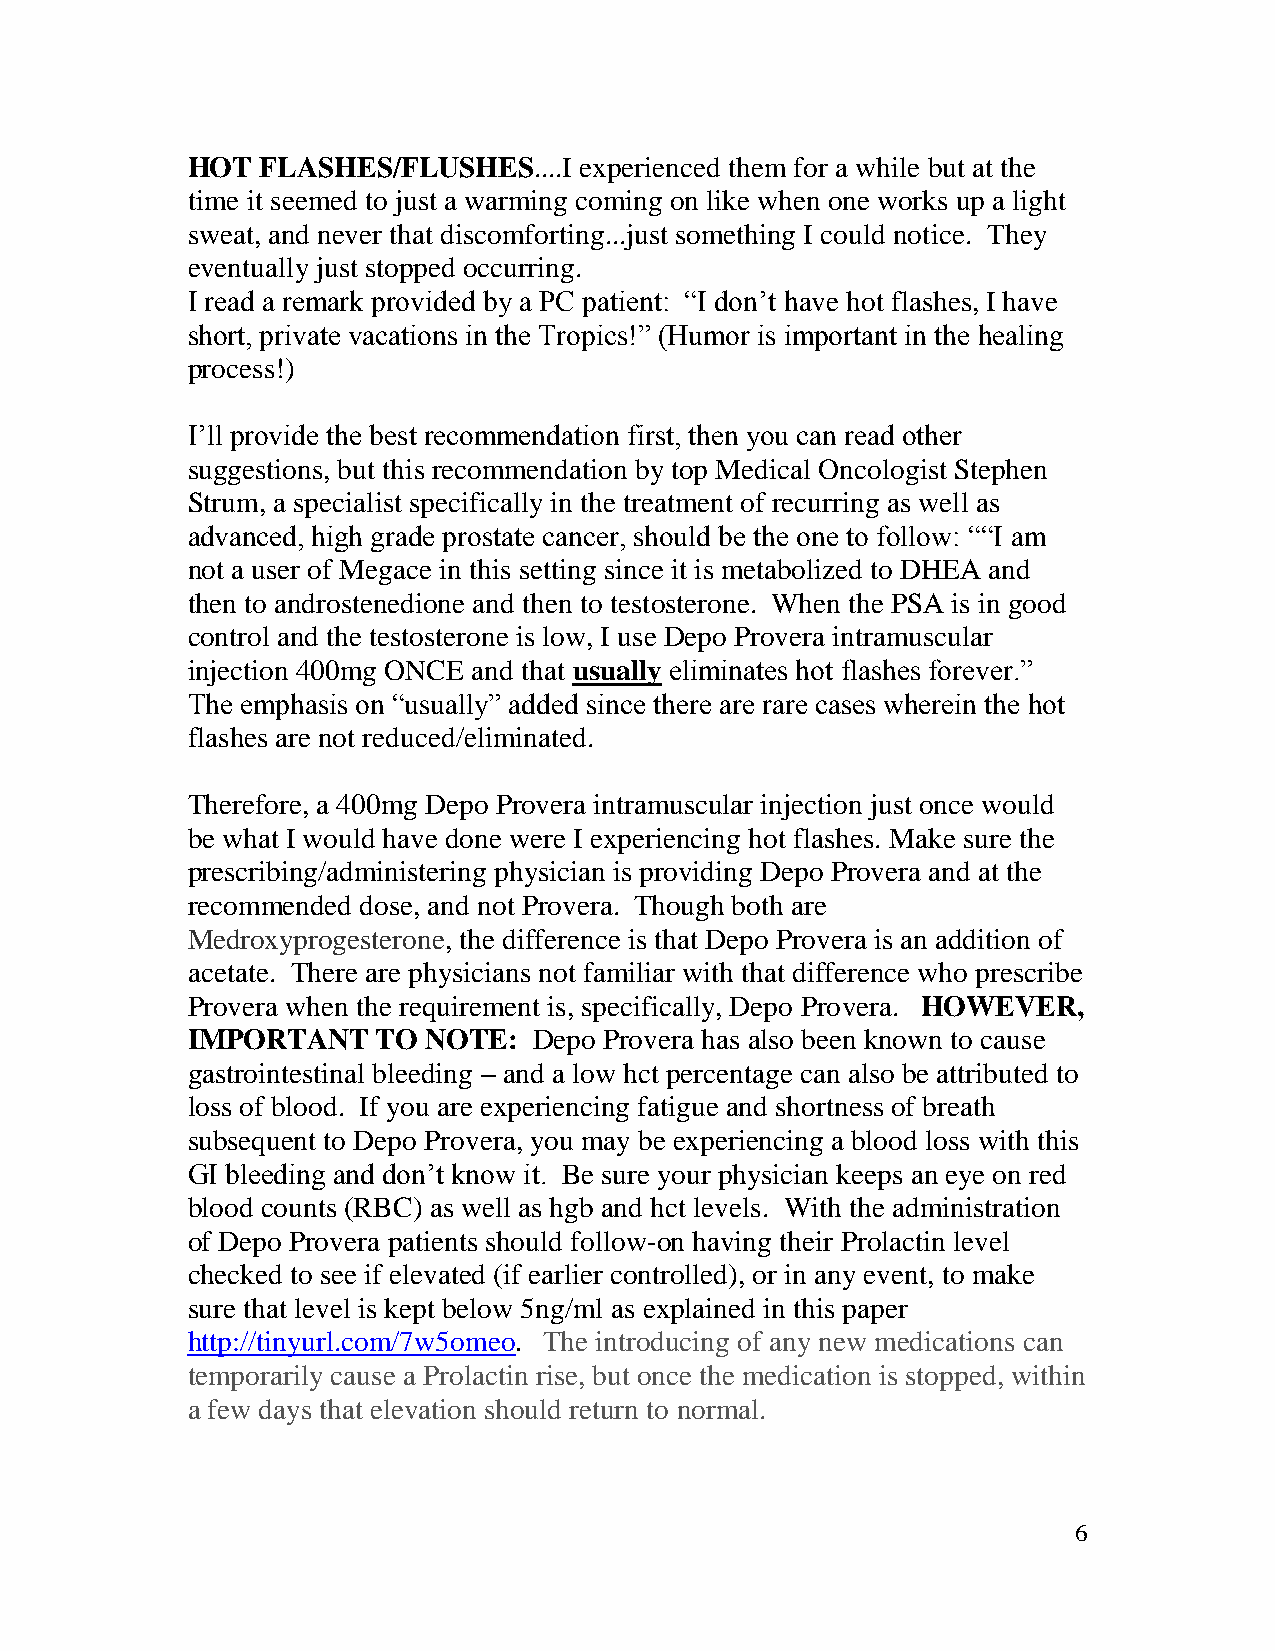
HOT  FLASHES/FLUSHES....I experienced them for a while but at the
 time it seemed to just a warming coming on like when one works up a light
 sweat, and never that discomforting...just something I could notice. They
 eventually just stopped occurring.
 I read a remark provided by a PC patient: “I don’t have hot flashes, I have
 short, private vacations in the Tropics!” (Humor is important in the healing
 process!)
 I’ll provide the best recommendation first, then you can read other
 suggestions, but this recommendation by top Medical Oncologist Stephen
 Strum, a specialist specifically in the treatment of recurring as well as
 advanced, high grade prostate cancer, should be the one to follow: ““I am
 not a user of Megace in this setting since it is metabolized to DHEA and
 then to androstenedione and then to testosterone. When the PSA is in good
 control and the testosterone is low, I use Depo Provera intramuscular
 injection 400mg ONCE and that usually eliminates hot flashes forever.”
 The emphasis on “usually” added since there are rare cases wherein the hot
 flashes are not reduced/eliminated.
 Therefore, a 400mg Depo Provera intramuscular injection just once would
 be what I would have done were I experiencing hot flashes. Make sure the
 prescribing/administering physician is providing Depo Provera and at the
 recommended dose, and not Provera. Though both are
 Medroxyprogesterone, the difference is that Depo Provera is an addition of
 acetate. There are physicians not familiar with that difference who prescribe
 Provera when the requirement is, specifically, Depo Provera. HOWEVER,
 IMPORTANT    TO NOTE:  Depo Provera has also been known to cause
 gastrointestinal bleeding – and a low hct percentage can also be attributed to
 loss of blood. If you are experiencing fatigue and shortness of breath
 subsequent to Depo Provera, you may be experiencing a blood loss with this
 GI bleeding and don’t know it. Be sure your physician keeps an eye on red
 blood counts (RBC) as well as hgb and hct levels. With the administration
 of Depo Provera patients should follow-on having their Prolactin level
 checked to see if elevated (if earlier controlled), or in any event, to make
 sure that level is kept below 5ng/ml as explained in this paper
 http://tinyurl.com/7w5omeo The introducing of any new medications can
 .
 temporarily cause a Prolactin rise, but once the medication is stopped, within
 a few days that elevation should return to normal.
 6